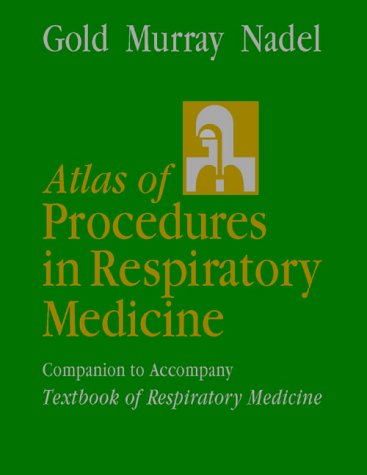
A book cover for Atlas of Procedures in Respiratory Medicine: A Companion to Murray and Nadel's Textbook of Respiratory Medicine; Warren M. Gold MD; Medical Books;